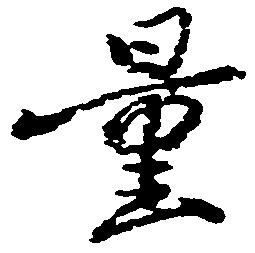
量